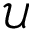
\mathcal { U }